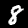
Digit: 8